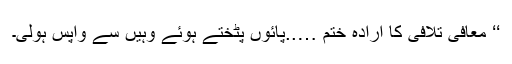
‘‘ معافی تلافی کا ارادہ ختم …..پائوں پٹختے ہوئے وہیں سے واپس ہولی۔